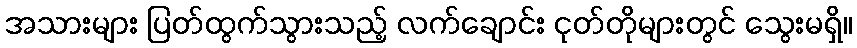
အသားများ ပြတ်ထွက်သွားသည့် လက်ချောင်း ငုတ်တိုများတွင် သွေးမရှိ။